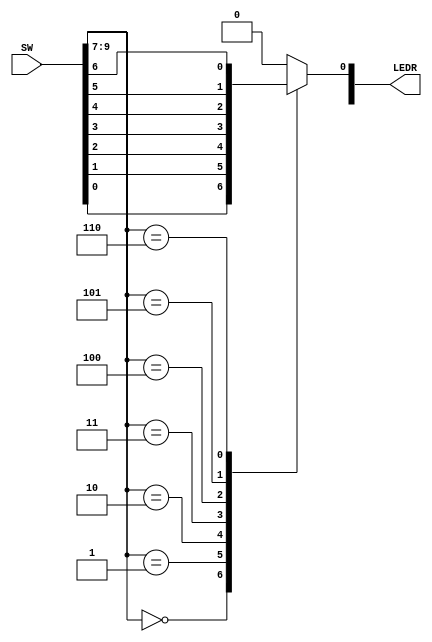
//SW[6:0] data inputs
//SW[9:7] select signal

//LEDR[0] output display

module mux7to1(LEDR, SW);
	input [9:0] SW;
	output reg [9:0] LEDR;
	
   always @(SW[9:7])
	begin
		case(SW[9:7])
		3'b000: LEDR[0] = SW[0];
		3'b001: LEDR[0] = SW[1];
		3'b010: LEDR[0] = SW[2];
		3'b011: LEDR[0] = SW[3];
		3'b100: LEDR[0] = SW[4];
		3'b101: LEDR[0] = SW[5];
		3'b110: LEDR[0] = SW[6];
		default: LEDR[0] = 1'b0;
		endcase
	end
endmodule